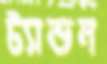
ট্যান্ডন